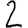
Digit: 2